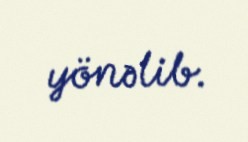
yönəlib.